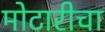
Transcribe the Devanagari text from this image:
मोटारीचा